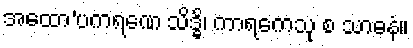
အထော’ပကရဏေ သိဒ္ဓိ၊ ကာရကေသု စ သာဓနံ။